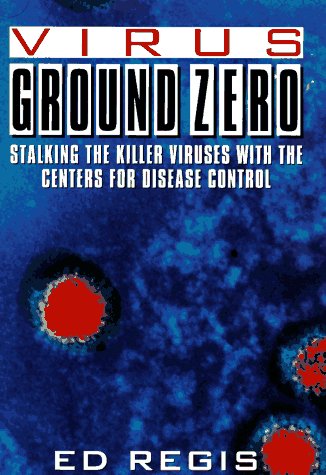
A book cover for Virus Ground Zero: Stalking the Killer Viruses with the Centers for Disease Control; Ed Regis; Medical Books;